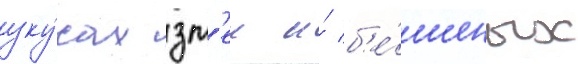
уку́сах зм'еи и́ б'е́шеных